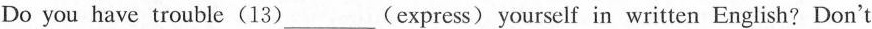
Do you have trouble (13)___(express) yourself in written English? Don't